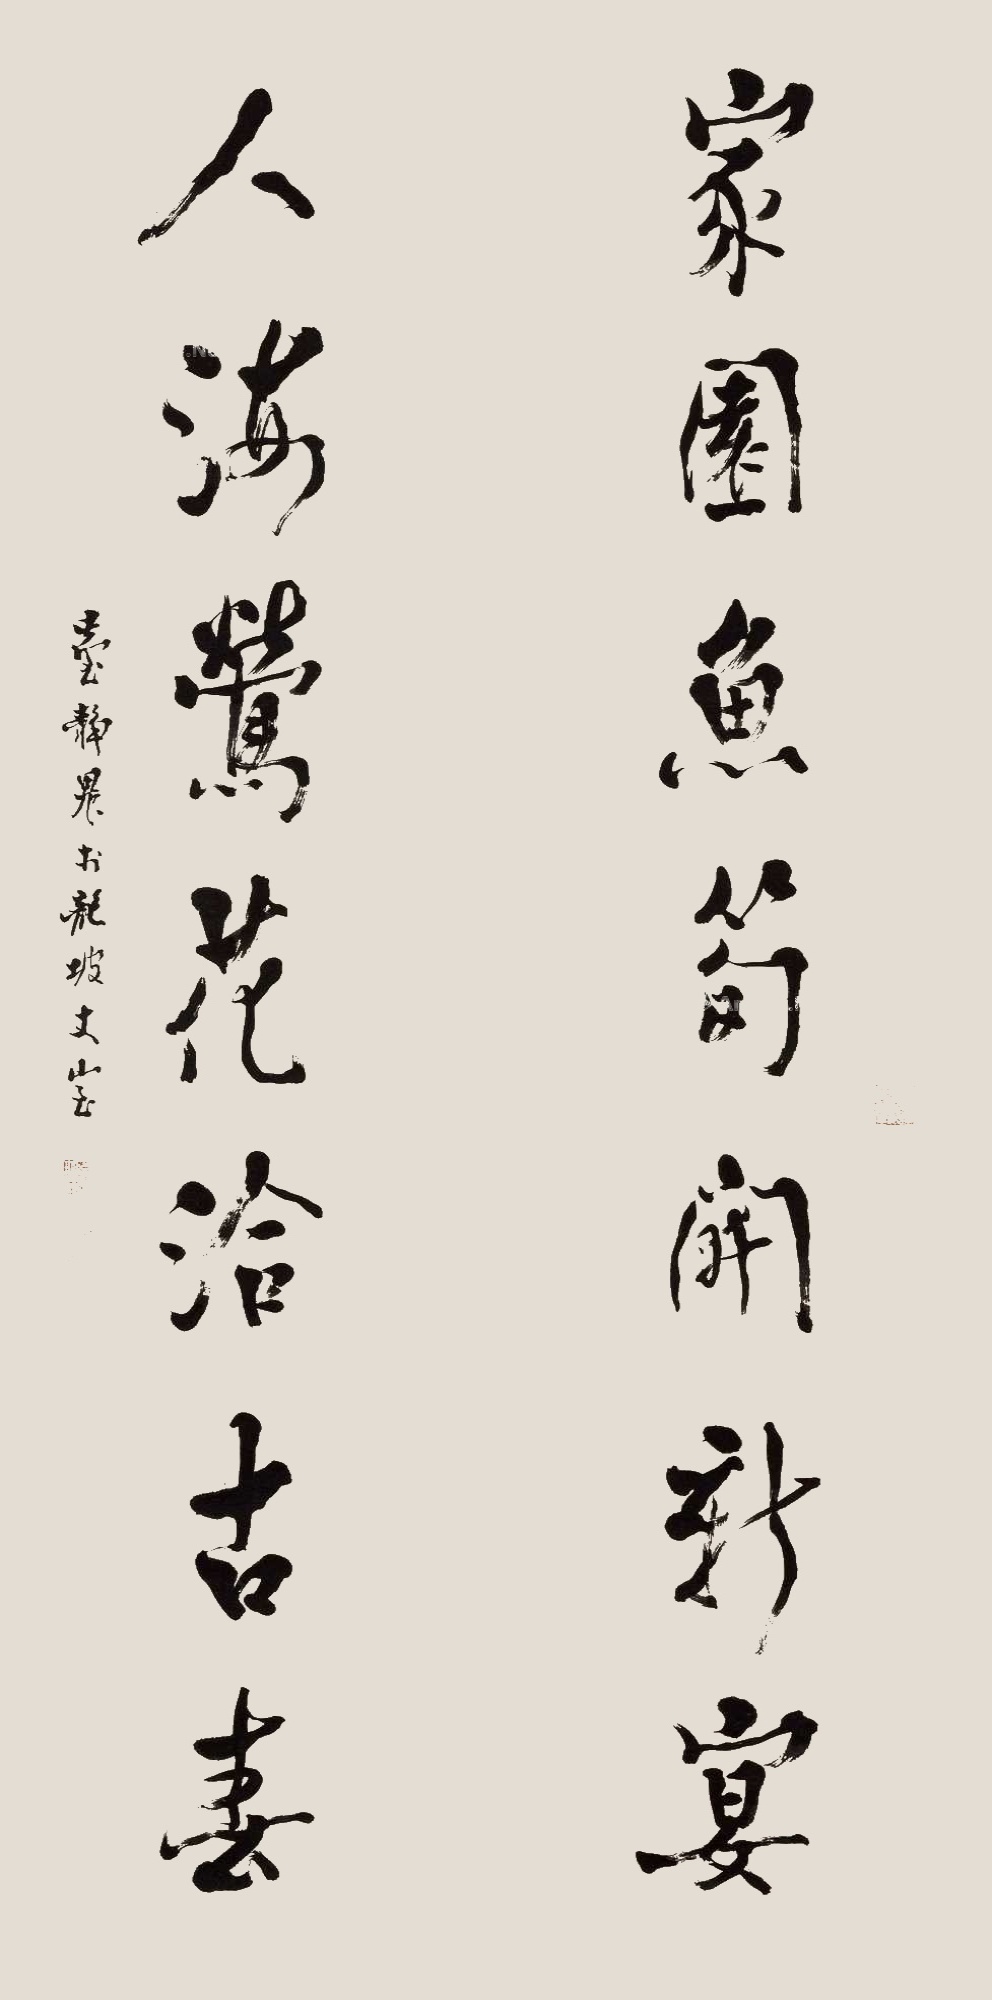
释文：家园鱼笋开新宴，人海莺花洽古春。台静农于龙坡丈室。